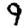
Digit: 9